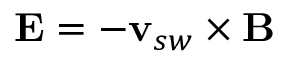
{ \mathbf { { E } } } = - { \mathbf { { v } } } _ { s w } \times { \mathbf { { B } } }